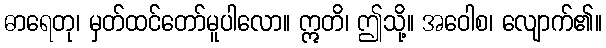
ဓာရေတု၊ မှတ်ထင်တော်မူပါလော။ ဣတိ၊ ဤသို့။ အဝေါစ၊ လျောက်၏။